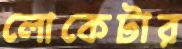
লোকেটার